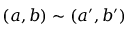
( a , b ) \sim ( a ^ { \prime } , b ^ { \prime } ) \quad